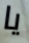
يا